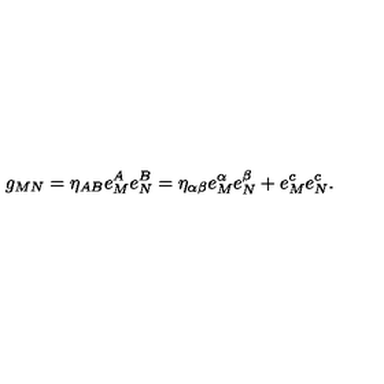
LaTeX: g _ { M N } = \eta _ { A B } e _ { M } ^ { A } e _ { N } ^ { B } = \eta _ { \alpha \beta } e _ { M } ^ { \alpha } e _ { N } ^ { \beta } + e _ { M } ^ { c } e _ { N } ^ { c } .